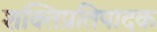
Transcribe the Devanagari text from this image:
शक्तिप्रतिपादक